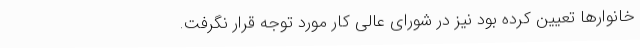
خانوارها تعیین کرده بود نیز در شورای عالی کار مورد توجه قرار نگرفت.